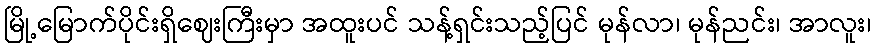
မြို့မြောက်ပိုင်းရှိဈေးကြီးမှာ အထူးပင် သန့်ရှင်းသည့်ပြင် မုန်လာ၊ မုန်ညင်း၊ အာလူး၊